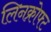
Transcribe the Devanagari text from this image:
लिनक्रोफ्ट